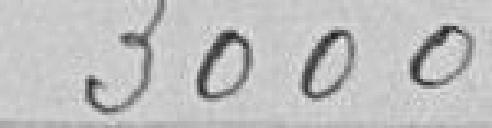
3000